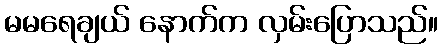
မမရေချယ် နောက်က လှမ်းပြောသည်။